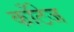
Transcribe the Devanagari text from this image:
काँटेज